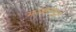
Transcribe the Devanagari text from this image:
मज्जातंतूद्वारे